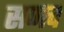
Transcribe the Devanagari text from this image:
सणच